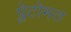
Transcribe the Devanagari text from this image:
प्लेटोमत